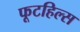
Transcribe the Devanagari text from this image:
फूटहिल्स